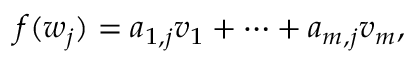
f ( w _ { j } ) = a _ { 1 , j } v _ { 1 } + \cdots + a _ { m , j } v _ { m } ,